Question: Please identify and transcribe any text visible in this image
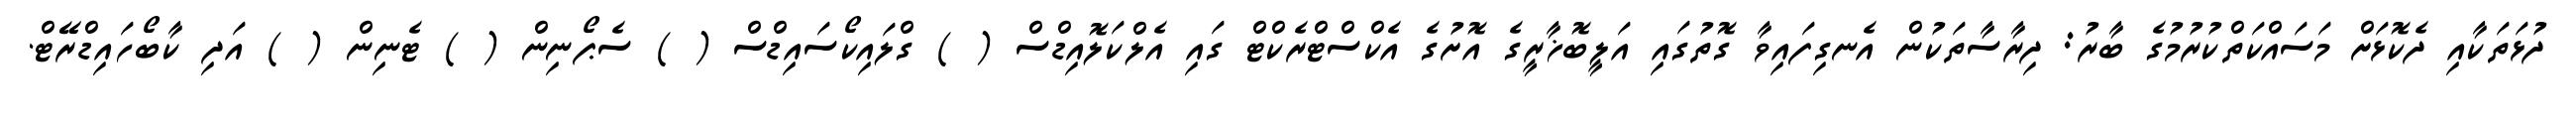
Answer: ދުޅަތަކާއި ދެކޮޅަށް މަސައްކަތްކުރުމުގެ ބާރު: ދިރާސާތަކުން އެނގިފައިވާ ގޮތުގައި އަލީބޮޚާރީގެ އޮށުގެ އެކްސްޓްރެކްޓް ގައި އެލްކަލޮއިޑްސް ( ) ގްލައިކޯސައިޑްސް ( ) ސެޕޯނިން ( ) ޓެނިން ( ) އަދި ކާބޯހައިޑްރޭޓް.